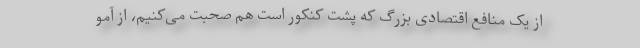
از یک منافع اقتصادی بزرگ که پشت کنکور است هم صحبت می‌کنیم، از آمو